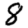
Digit: 8